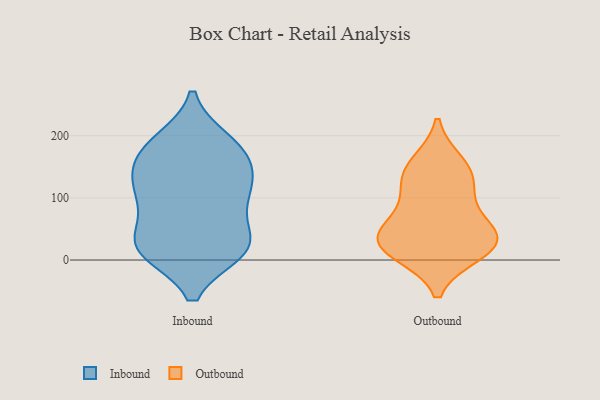
{"axis": {"x": "Satisfaction Score", "y": "Value"}, "legend": ["Inbound", "Outbound"], "data": [{"x": "", "y": 115, "type": "Inbound"}, {"x": "", "y": 15, "type": "Inbound"}, {"x": "", "y": 25, "type": "Inbound"}, {"x": "", "y": 93, "type": "Inbound"}, {"x": "", "y": 163, "type": "Inbound"}, {"x": "", "y": 112, "type": "Inbound"}, {"x": "", "y": 189, "type": "Inbound"}, {"x": "", "y": 137, "type": "Inbound"}, {"x": "", "y": 157, "type": "Inbound"}, {"x": "", "y": 110, "type": "Inbound"}, {"x": "", "y": 16, "type": "Inbound"}, {"x": "", "y": 20, "type": "Inbound"}, {"x": "", "y": 20, "type": "Inbound"}, {"x": "", "y": 178, "type": "Inbound"}, {"x": "", "y": 67, "type": "Inbound"}, {"x": "", "y": 23, "type": "Inbound"}, {"x": "", "y": 191, "type": "Inbound"}, {"x": "", "y": 55, "type": "Outbound"}, {"x": "", "y": 141, "type": "Outbound"}, {"x": "", "y": 36, "type": "Outbound"}, {"x": "", "y": 12, "type": "Outbound"}, {"x": "", "y": 93, "type": "Outbound"}, {"x": "", "y": 125, "type": "Outbound"}, {"x": "", "y": 26, "type": "Outbound"}, {"x": "", "y": 21, "type": "Outbound"}, {"x": "", "y": 35, "type": "Outbound"}, {"x": "", "y": 155, "type": "Outbound"}]}